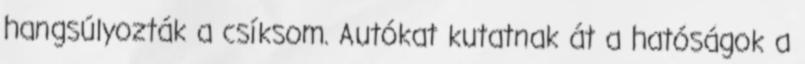
hangsúlyozták a csíksom. Autókat kutatnak át a hatóságok a